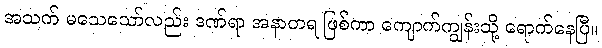
အသက် မသေသော်လည်း ဒဏ်ရာ အနာတရ ဖြစ်ကာ ကျောက်ကျွန်းသို့ ရောက်နေပြီ။